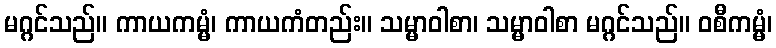
မဂ္ဂင်သည်။ ကာယကမ္မံ၊ ကာယကံတည်း။ သမ္မာဝါစာ၊ သမ္မာဝါစာ မဂ္ဂင်သည်။ ဝစီကမ္မံ၊